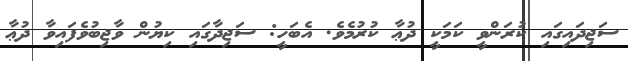
ސަޖިދައިގައި ކުރަންވީ ކަމަކީ ދުޢާ ކުރުމެވެ. އެބަހީ: ސަޖިދާގައި ކިޔުން ވާޖިބުވެފައިވާ ދުޢާ